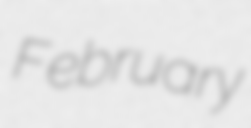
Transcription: February